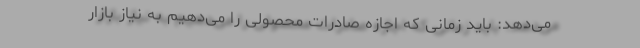
می‌دهد: باید زمانی که اجازه صادرات محصولی را می‌دهیم به نیاز بازار